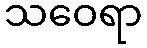
သဝေရာ